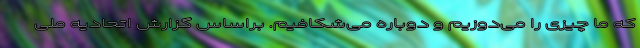
که ما چیزی را می‌دوزیم و دوباره می‌شکافیم. براساس گزارش اتحادیه ملی